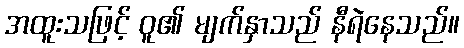
အထူးသဖြင့် ဝူ၏ မျက်နှာသည် နီရဲနေသည်။